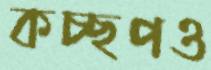
কচ্ছপও